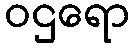
ဝဌရော